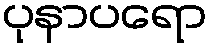
ပုနာပရော